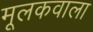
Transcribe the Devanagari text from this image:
मूलकवाला